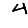
Digit: 4